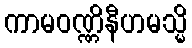
ကာမဝဏ္ဏိနီဟမသ္မိ